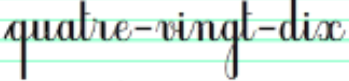
quatre-vingt-dix